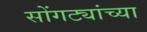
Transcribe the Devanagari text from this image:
सोंगट्यांच्या